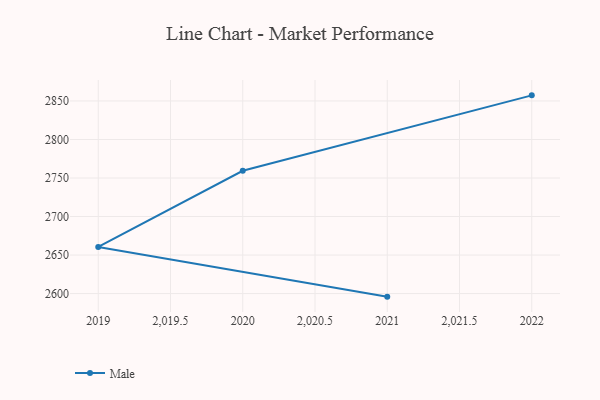
{"axis": {"x": "Year", "y": "Inventory Turnover"}, "legend": ["Male"], "data": [{"x": "2022", "y": 2857.3, "type": "Male"}, {"x": "2020", "y": 2759.4, "type": "Male"}, {"x": "2019", "y": 2660.5, "type": "Male"}, {"x": "2021", "y": 2596.0, "type": "Male"}]}